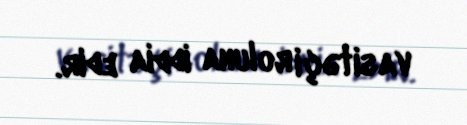
vasitəçi roluna iddia edir.